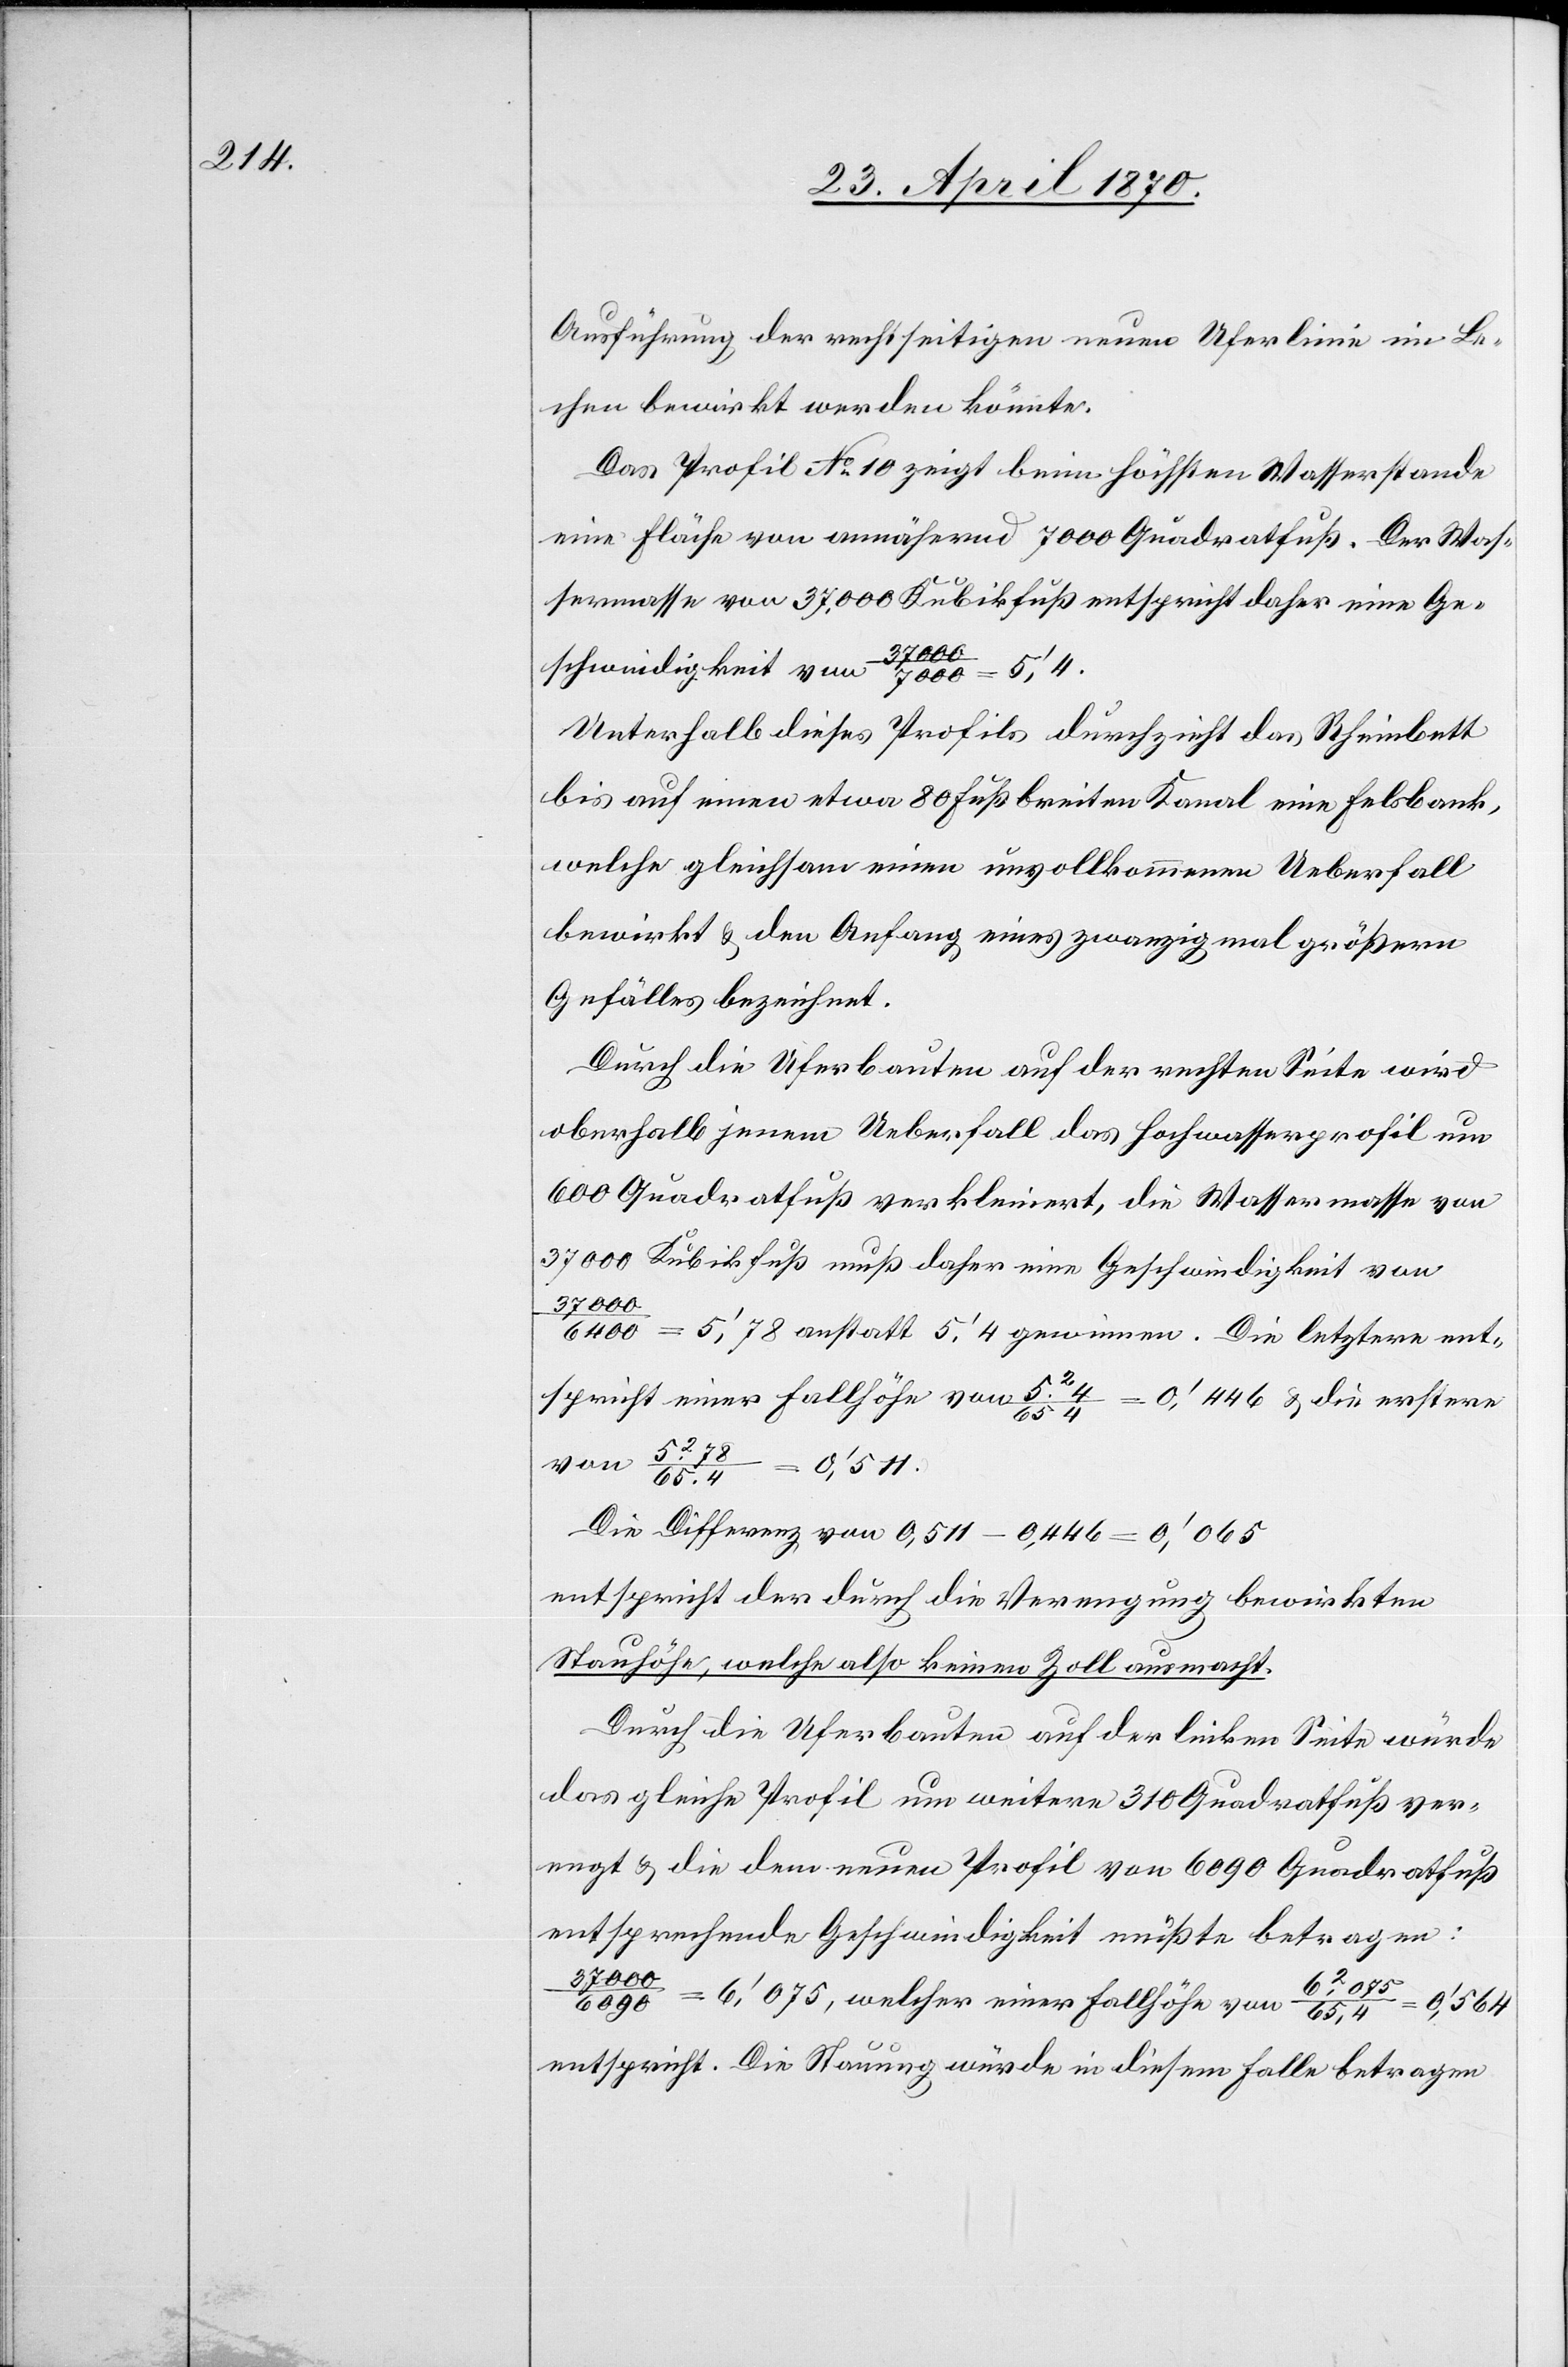
Ausführung der rechtseitigen neuen Uferlinie im Le¬
chen bewirkt werden könnte.
Das Profil No 10 zeigt beim höchsten Wasserstande
eine Fläche von annähernd 7000 Quadratfuß. Der Was¬
sermasse von 37,000 Kubikfuß entspricht daher eine Ge¬
schwindigkeit von 37,000/7000
Unterhalb dieses Profils durchzieht das Rheinbett
bis auf einen etwa 80 Fuß breiten Kanal eine Felsbank,
welche gleichsam einen unvollkommenen Ueberfall
bewirkt & den Anfang eines zwanzigmal größern
Gefälles bezeichnet.
Durch die Uferbauten auf der rechten Seite wird
oberhalb jenem Ueberfall das Hochwasserprofil um
600 Quadratfuß verkleinert, die Wassermasse von
37 000/6090
000/6400 = 5‘,78 anstatt 5‘,4 gewinnen. Die letztere ent¬
spricht einer Fallhöhe von 524/65[.]4 = 0,446 & die erstere
0‘,511.
Die Differenz von 0,511 – 0‘,065
entspricht der durch die Verengung bewirkten
Stauhöhe, welche also keinen Zoll ausmacht.
Durch die Uferbauten auf der linken Seite würde
das gleiche Profil um weitere 310 Quadratfuß ver¬
engt & die dem neuen Profil von 6090 Quadratfuß
entsprechende Geschwindigkeit müßte betragen:
37
6‘,075, welcher einer Fallhöhe von 62075/65,4
0‘,564
entspricht. Die Stauung würde in diesem Falle betragen